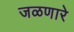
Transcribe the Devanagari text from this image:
जळणारे